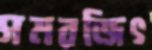
সমরজিৎ